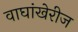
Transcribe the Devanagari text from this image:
वाघांखेरीज